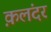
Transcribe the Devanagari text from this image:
क़लंदर